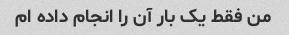
من فقط یک بار آن را انجام داده ام